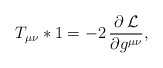
\begin{align*}T_{\mu \nu}*1=-2\,\frac{\partial \,{\cal L}}{\partial g^{\mu \nu}},\end{align*}